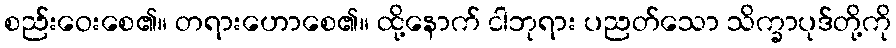
စည်းဝေးစေ၏။ တရားဟောစေ၏။ ထို့နောက် ငါဘုရား ပညတ်သော သိက္ခာပုဒ်တို့ကို